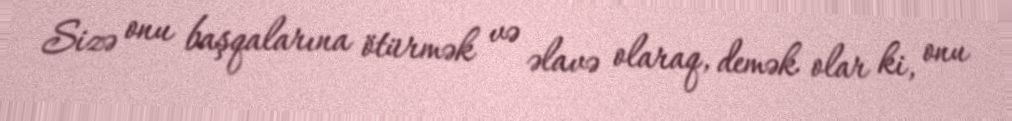
Sizə onu başqalarına ötürmək və əlavə olaraq, demək olar ki, onu